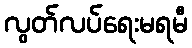
လွတ်လပ်ရေးမရမီ